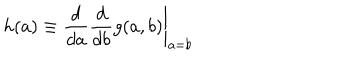
h ( a ) \equiv \left. { \frac { d } { d a } } { \frac { d } { d b } } g ( a , b ) \right| _ { a = b }